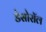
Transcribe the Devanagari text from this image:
डेसोरॉल